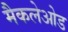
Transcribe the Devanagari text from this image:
मैकलेओड